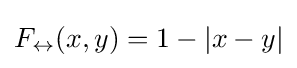
F_{\leftrightarrow }(x,y)=1-|x-y|